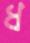
ধ